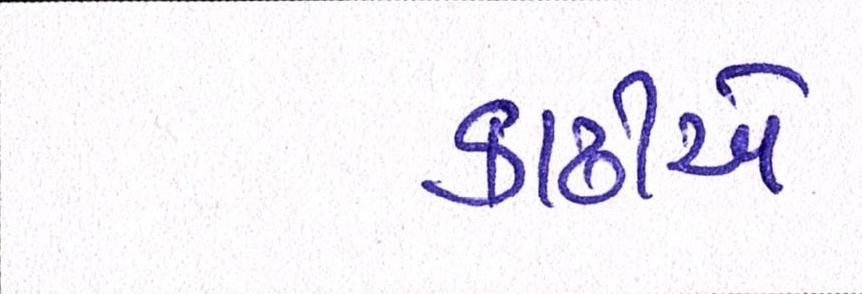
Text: કાઢીએ